Annual report of the Imperial Bacteriological Laboratory, Muktesar
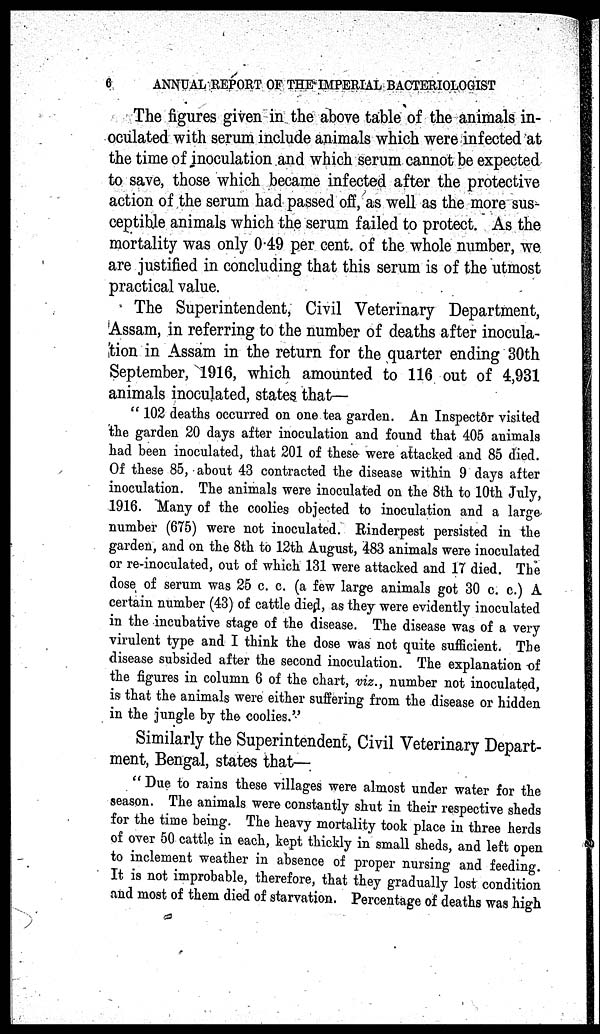
6
ANNUAL REPORT OF THE IMPERIAL BACTERIOLOGIST
The figures given in the above table of the animals in-
oculated with serum include animals which were infected at
the time of inoculation and which serum cannot be expected
to save, those which became infected after the protective
action of the serum had passed off, as well as the more sus-
ceptible animals which the serum failed to protect. As the
mortality was only 0.49 per cent. of the whole number, we
are justified in concluding that this serum is of the utmost
practical value.
The Superintendent, Civil Veterinary Department,
Assam, in referring to the number of deaths after inocula-
tion in Assam in the return for the quarter ending 30th
September, 1916, which amounted to 116 out of 4,931
animals inoculated, states that¬
" 102 deaths occurred on one tea garden. An Inspector visited
the garden 20 days after inoculation and found that 405 animals
had been inoculated, that 201 of these were attacked and 85 died.
Of these 85, about 43 contracted the disease within 9 days after
inoculation. The animals were inoculated on the 8th to 10th July,
1916. Many of the coolies objected to inoculation and a large
number (675) were not inoculated. Rinderpest persisted in the
garden, and on the 8th to 12th August, 483 animals were inoculated
or re-inoculated, out of which 131 were attacked and 17 died. The
dose of serum was 25 c. c. (a few large animals got 30 c. c.) A
certain number (43) of cattle died, as they were evidently inoculated
in the incubative stage of the disease. The disease was of a very
virulent type and I think the dose was not quite sufficient. The
disease subsided after the second inoculation. The explanation of
the figures in column 6 of the chart, viz., number not inoculated,
is that the animals were either suffering from the disease or hidden
in the jungle by the coolies."
Similarly the Superintendent, Civil Veterinary Depart-
ment, Bengal, states that—
" Due to rains these villages were almost under water for the
season. The animals were constantly shut in their respective sheds
for the time being. The heavy mortality took place in three herds
of over 50 cattle in each, kept thickly in small sheds, and left open
to inclement weather in absence of proper nursing and feeding.
It is not improbable, therefore, that they gradually lost condition
and most of them died of starvation. Percentage of deaths was high